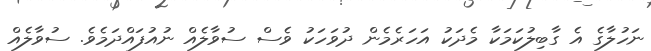
ނަހުލާގެ އެ ގާބިލުކަމަކާ މެދަކު އަހަރެމެން ދުވަހަކު ވެސް ސުވާލެއް ނުއުފައްދަމެވެ. ސުވާލެއް